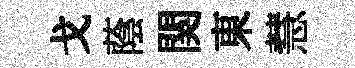
戈蔭関東慧